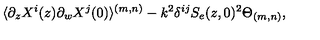
\langle \partial _ { z } X ^ { i } ( z ) \partial _ { w } X ^ { j } ( 0 ) \rangle ^ { ( m , n ) } - k ^ { 2 } \delta ^ { i j } S _ { e } ( z , 0 ) ^ { 2 } \Theta _ { ( m , n ) } ,